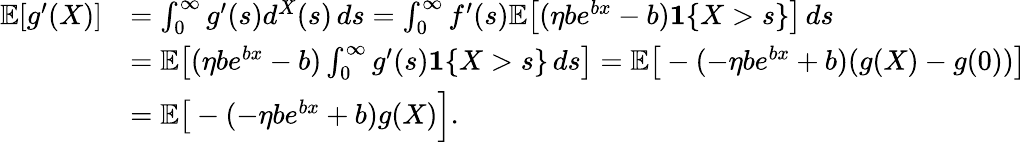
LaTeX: \begin{array}{rl}{\mathbb{E}[g^{\prime}(X)]}&{=\int_{0}^{\infty}g^{\prime}(s)d^{X}(s)\, ds=\int_{0}^{\infty}f^{\prime}(s)\mathbb{E}\big[(\eta be^{bx}-b)\mathbf{1}\{ X>s\} \big]\, ds}\\ &{=\mathbb{E}\big[(\eta be^{bx}-b)\int_{0}^{\infty}g^{\prime}(s)\mathbf{1}\{ X>s\} \, ds\big]=\mathbb{E}\big[-(-\eta be^{bx}+b)(g(X)-g(0))\big]}\\ &{=\mathbb{E}\big[-(-\eta be^{bx}+b)g(X)\Big].}\end{array}